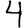
Digit: 4